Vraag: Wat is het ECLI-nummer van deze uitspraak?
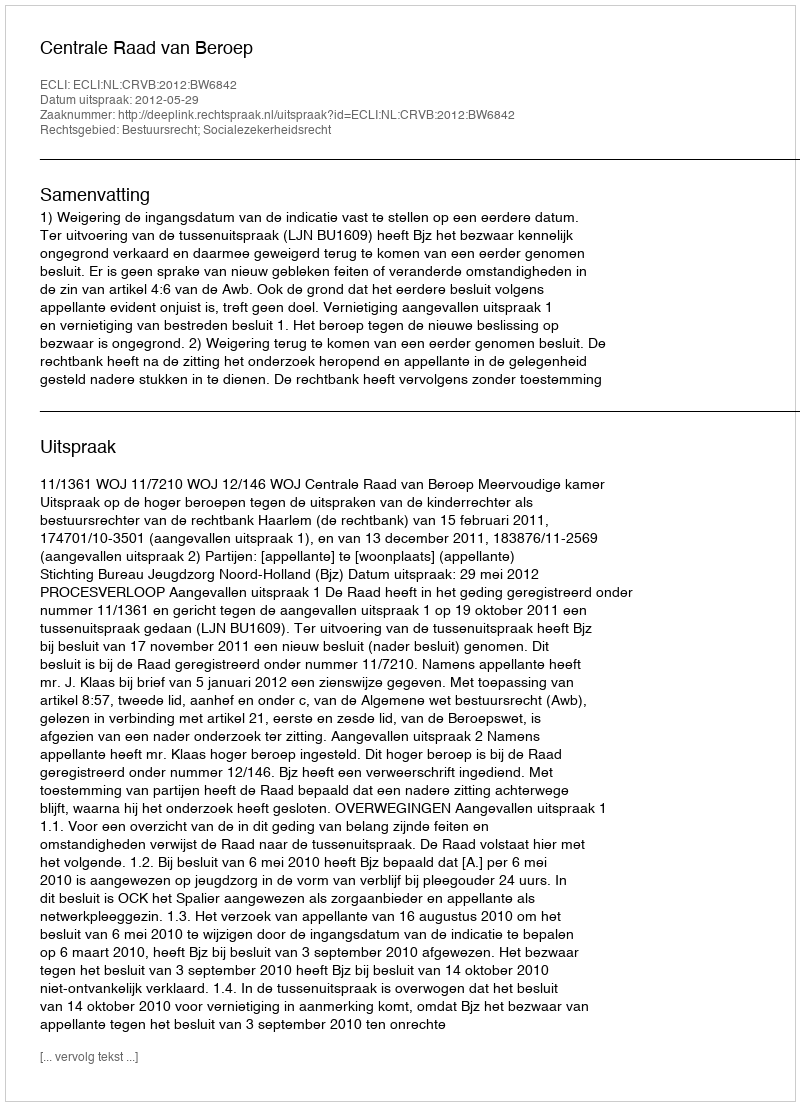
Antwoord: ECLI:NL:CRVB:2012:BW6842